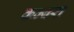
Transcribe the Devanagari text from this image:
कम्बरा